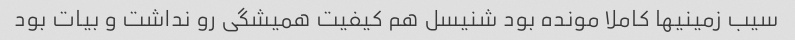
سیب زمینیها کاملا مونده بود شنیسل هم کیفیت همیشگی رو نداشت و بیات بود